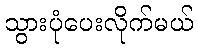
သွားပုံပေးလိုက်မယ်